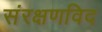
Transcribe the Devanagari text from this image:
संरक्षणविद